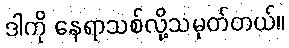
ဒါကို နေရာသစ်လို့သမုတ်တယ်။